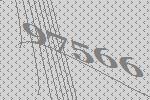
97566